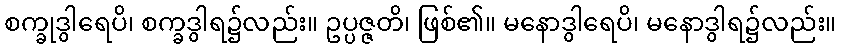
စက္ခုဒွါရေပိ၊ စက္ခဒွါရ၌လည်း။ ဥပ္ပဇ္ဇတိ၊ ဖြစ်၏။ မနောဒွါရေပိ၊ မနောဒွါရ၌လည်း။